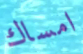
امساك